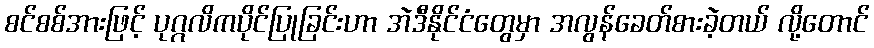
စင်စစ်အားဖြင့် ပုဂ္ဂလိကပိုင်ပြုခြင်းဟာ အဲဒီနိုင်ငံတွေမှာ အလွန်ခေတ်စားခဲ့တယ် လို့တောင်